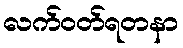
လက်ဝတ်ရတနာ